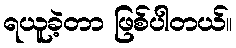
ရယူခဲ့တာ ဖြစ်ပါတယ်။